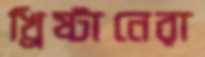
খ্রিষ্টানেরা